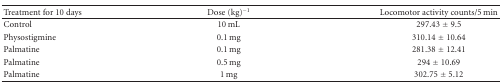
<table><thead><tr><td><b>Treatment for 10 days</b></td><td><b>Dose (kg)<sup>−1</sup></b></td><td><b>Locomotor activity counts/5 min</b></td></tr></thead><tbody><tr><td>Control</td><td>10 mL</td><td>297.43 ± 9.5</td></tr><tr><td>Physostigmine</td><td>0.1 mg</td><td>310.14 ± 10.64</td></tr><tr><td>Palmatine</td><td>0.1 mg</td><td>281.38 ± 12.41</td></tr><tr><td>Palmatine</td><td>0.5 mg</td><td>294 ± 10.69</td></tr><tr><td>Palmatine</td><td>1 mg</td><td>302.75 ± 5.12</td></tr></tbody></table>